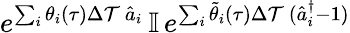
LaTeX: e^{\sum_{i}\theta_{i}(\tau)\Delta\mathcal{T}\, \hat{{a}}_{i}}\, \mathbb{{I}}\, e^{\sum_{i}\tilde{{\theta}}_{i}(\tau)\Delta\mathcal{T}\, (\hat{{a}}_{i}^{\dagger}-1)}